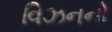
વિઝનનો